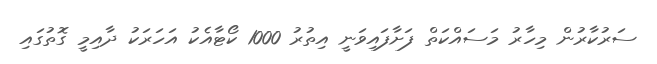
ސަރުކާރުން މިހާރު މަސައްކަތް ފަށާފައިވަނީ އިތުރު 1000 ކޯޓާއެކު އަހަރަކު ދާއިމީ ގޮތުގައި